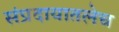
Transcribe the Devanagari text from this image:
संप्रदायातलेच